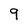
Character: 9